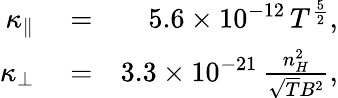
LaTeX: \begin{array}{rlr}{\kappa_{\parallel}}&{{}=}&{5.6\times 10^{-12}\, T^{\frac{5}{2}},}\\ {\kappa_{\perp}}&{{}=}&{3.3\times 10^{-21}\, \frac{n_{H}^{2}}{\sqrt{T}B^{2}},}\end{array}